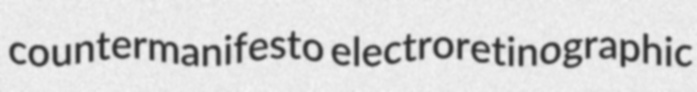
countermanifesto electroretinographic